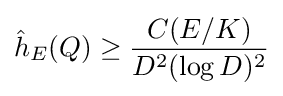
{\hat {h}}_{E}(Q)\geq {\frac {C(E/K)}{D^{2}(\log D)^{2}}}